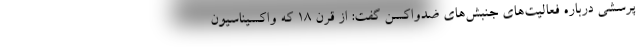
پرسشی درباره فعالیت‌های جنبش‌های ضدواکسن گفت: از قرن ۱۸ که واکسیناسیون